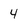
Character: 4